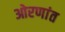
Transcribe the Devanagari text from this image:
ओरणांत